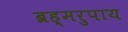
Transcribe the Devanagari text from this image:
ब्रह्मरुपाय